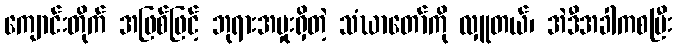
ကျောင်းတိုက် အဖြစ်ဖြင့် ဘုရားအမှုးရှိတဲ့ သံဃာတော်ကို လှူတယ်၊ အဲဒီအခါကစပြီး